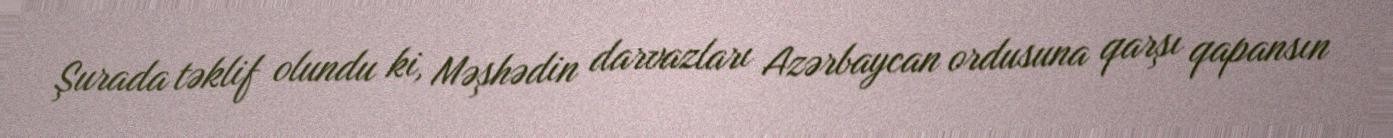
Şurada təklif olundu ki, Məşhədin darvazları Azərbaycan ordusuna qarşı qapansın